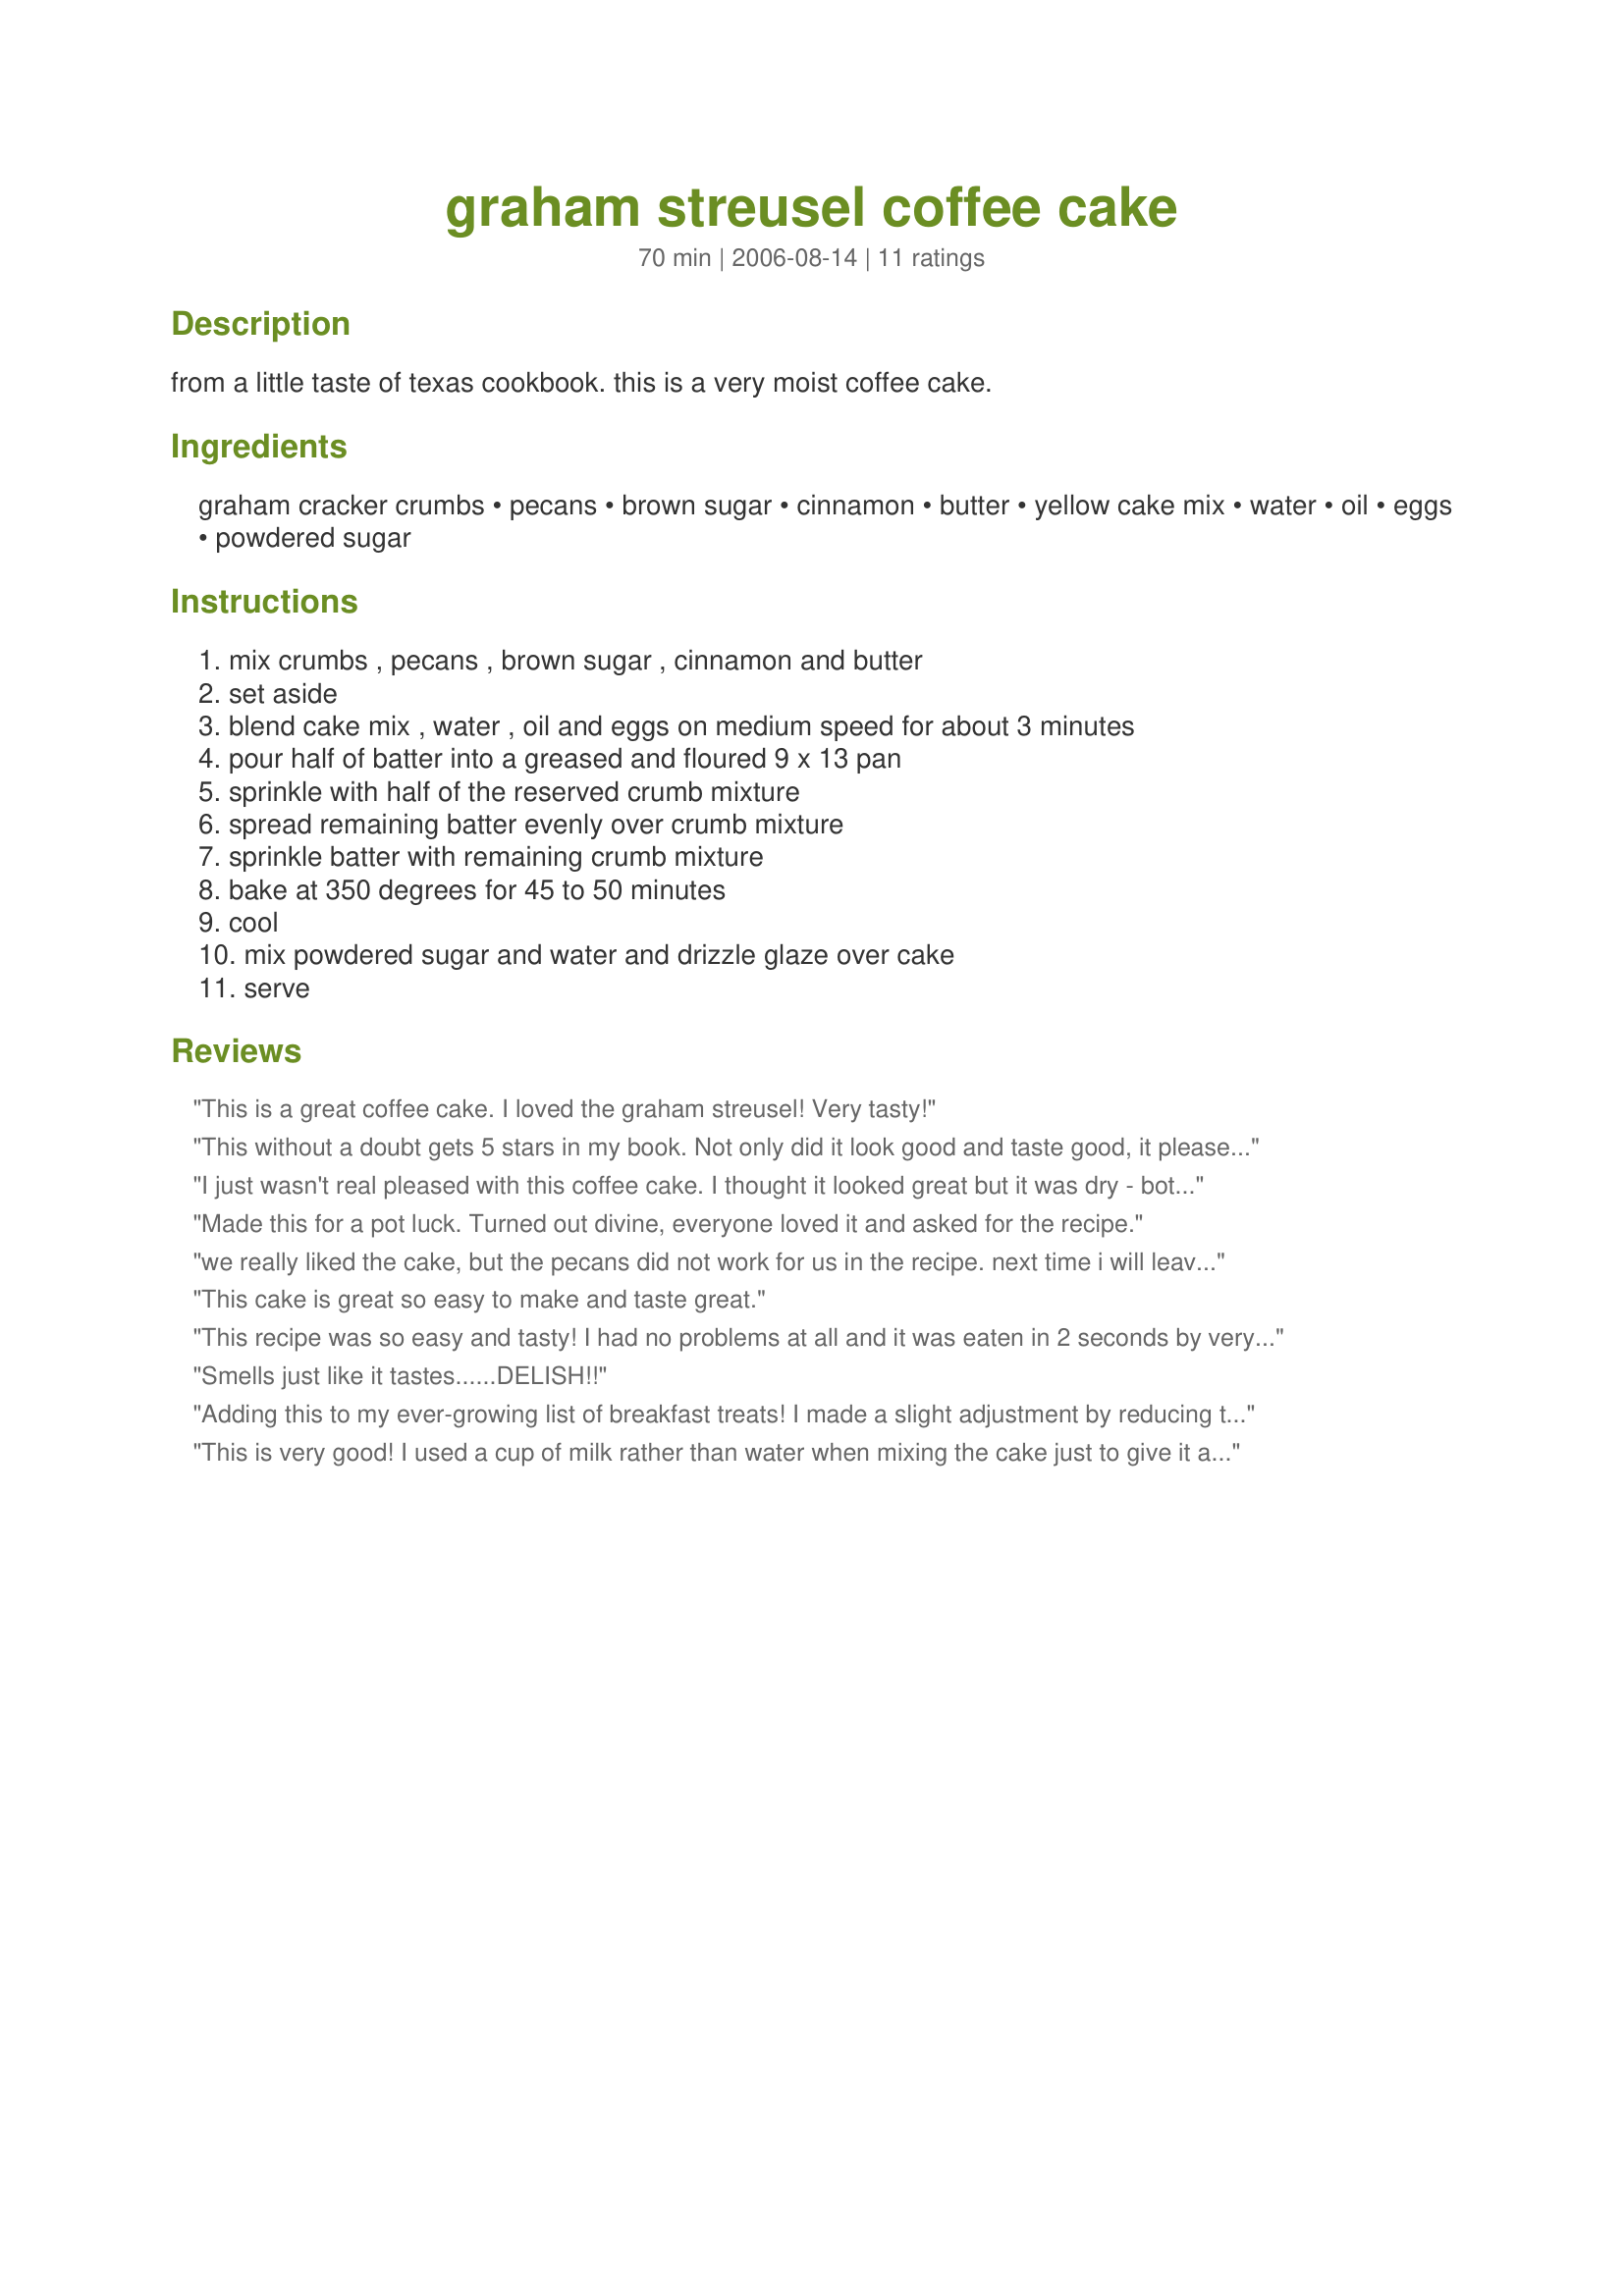
graham streusel coffee cake
Preparation time: 70 minutes

from a little taste of texas cookbook. this is a very moist coffee cake.

Ingredients:
graham cracker crumbs, pecans, brown sugar, cinnamon, butter, yellow cake mix, water, oil, eggs, powdered sugar

Steps:
mix crumbs , pecans , brown sugar , cinnamon and butter, set aside, blend cake mix , water , oil and eggs on medium speed for about 3 minutes, pour half of batter into a greased and floured 9 x 13 pan, sprinkle with half of the reserved crumb mixture, spread remaining batter evenly over crumb mixture, sprinkle batter with remaining crumb mixture, bake at 350 degrees for 45 to 50 minutes, cool, mix powdered sugar and water and drizzle glaze over cake, serve

Reviews:
This is a great coffee cake. I loved the graham streusel! Very tasty!
This without a doubt gets 5 stars in my book. Not only did it look good and taste good, it pleased my picky DH. He loves his coffeecake and only certain ones will he eat. He LOVED this one!! The graham cracker crumbs add such a great touch to this coffeecake. Thank you so much for this husband pleasing recipe. I now know what to make when I want something...lol!!
I just wasn't real pleased with this coffee cake. I thought it looked great but it was dry - both the topping and the cake. I used a Pillsbury Moist Supreme yellow cake mix, and it was kind of dry. I did microwave a piece for 10 seconds and it softened it up a bit, but it just wasn't the best.
Made this for a pot luck. Turned out divine, everyone loved it and asked for the recipe.
we really liked the cake, but the pecans did not work for us in the recipe. next time i will leave them out to make it a five star recipe!!!! a keeper, the recipe is already in my 'zaars stars cookbook. thanks for posting!!!
This cake is great so easy to make and taste great.
This recipe was so easy and tasty! I had no problems at all and it was eaten in 2 seconds by very few people.
Smells just like it tastes......DELISH!!
Adding this to my ever-growing list of breakfast treats! I made a slight adjustment by reducing the graham cracker crumbs to 1 1/2 cups.
This is very good! I used a cup of milk rather than water when mixing the cake just to give it a bit smoother texture. Loved the struesel - what a great recipe!!
I loved this cake! I am a big fan of yellow cake mixes (I know, not very sophisticated!) and this was a nice variation on a very easy mix. I left the graham crackers a little coarse to give it more texture and I actually like the way it came out. Next time I might try golden grahams cereal instead, since I love that, too! I will definatley make this again.
